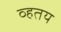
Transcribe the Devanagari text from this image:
व्हतय